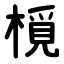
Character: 㯒